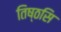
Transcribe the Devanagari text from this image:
तिष्ठसि